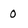
Character: 0